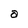
Character: a